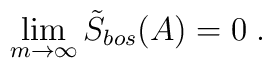
\lim_{m\rightarrow \infty }\tilde{S}_{bos}(A)=0\;.